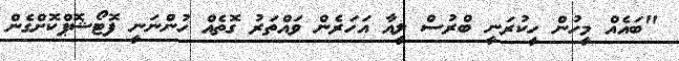
"ބައެއް މީހުން ހީކުރަނީ ބްރުސް ލީއާ އަހަރެން ވައްތަރު ގޮތެއް ހުންނަނީ ފޮޓޯޝޮޕްކޮށްގެން